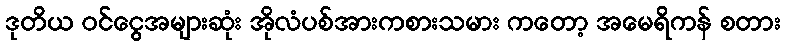
ဒုတိယ ဝင်ငွေအများဆုံး အိုလံပစ်အားကစားသမား ကတော့ အမေရိကန် စတား